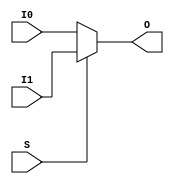
//	Xilinx Proprietary Primitive Cell X_BUFGMUX_1 for Verilog
//
// $Header: /devl/xcs/repo/env/Databases/CAEInterfaces/verplex_libs/data/simprims/X_BUFGMUX_1.v,v 1.2.198.3 2004/09/28 20:47:45 wloo Exp $

`timescale 1 ps/1 ps

module X_BUFGMUX_1 (O, I0, I1, S);

    output O;

    input  I0, I1, S;

    reg    O;
    
        always @(I0 or I1 or S) begin

            if (S)
                O <= I1;

            else
                O <= I0;

        end

endmodule